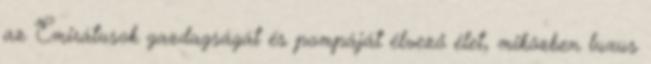
az Emirátusok gazdagságát és pompáját élvező élet, miközben luxus